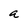
Character: a